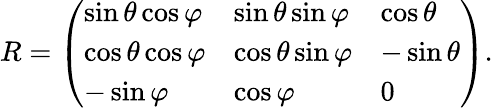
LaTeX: R={\left(\begin{array}{lll}{\sin\theta\cos\varphi}&{\sin\theta\sin\varphi}&{\cos\theta}\\ {\cos\theta\cos\varphi}&{\cos\theta\sin\varphi}&{-\sin\theta}\\ {-\sin\varphi}&{\cos\varphi}&{0}\end{array}\right)}.